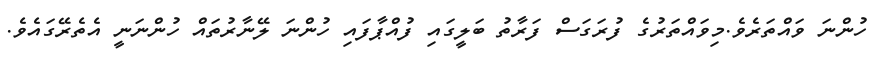
ހުންނަ ވައްތަރެވެ.މިވައްތަރުގެ ފުރަގަސް ފަރާތު ބަލީގައި ފުއްޕާފައި ހުންނަ ލޭނާރުތައް ހުންނަނީ އެތެރޭގައެވެ.